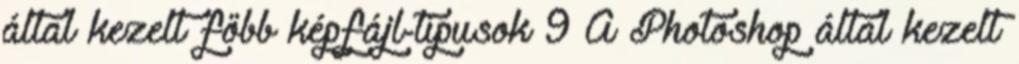
által kezelt főbb képfájl-típusok 9 A Photoshop által kezelt